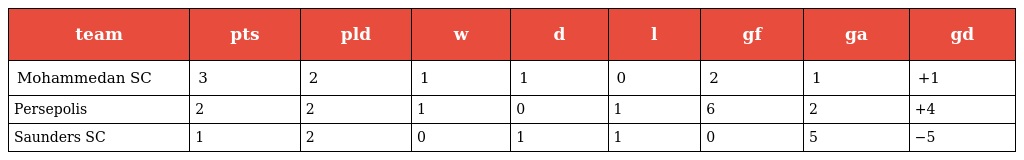
| team | pts | pld | w | d | l | gf | ga | gd |
 | --- | --- | --- | --- | --- | --- | --- | --- | --- |
 | Mohammedan SC | 3 | 2 | 1 | 1 | 0 | 2 | 1 | +1 |
 | Persepolis | 2 | 2 | 1 | 0 | 1 | 6 | 2 | +4 |
 | Saunders SC | 1 | 2 | 0 | 1 | 1 | 0 | 5 | −5 |